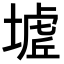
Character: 𭏟